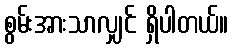
စွမ်းအားသာလျှင် ရှိပါတယ်။